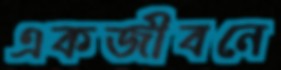
একজীবনে